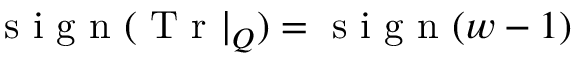
\mathrm { ~ s ~ i ~ g ~ n ~ } ( \mathrm { ~ T ~ r ~ } | _ { Q } ) = \mathrm { ~ s ~ i ~ g ~ n ~ } ( w - 1 )